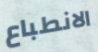
الانطباع